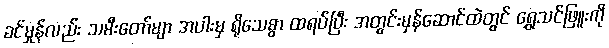
ခင်မှုန်လည်း သမီးတော်မျာ အပါးမှ ရိုသေစွာ ထရပ်ပြီး အတွင်းမှန်ဆောင်ထဲတွင် ရွှေသင်ဖြူးကို